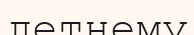
летнему